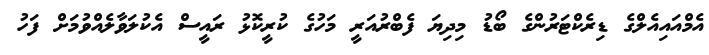
އެމްއައިއެލްގެ ޑިރެކްޓަރުންގެ ބޯޑު މިދިޔަ ފެބްރުއަރީ މަހުގެ ކުރީކޮޅު ރައީސް އެކުލަވާލެއްވުމަށް ފަހު